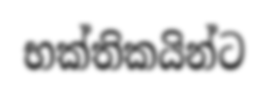
භක්තිකයින්ට